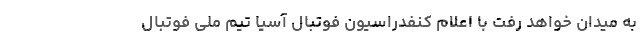
به میدان خواهد رفت با اعلام کنفدراسیون فوتبال آسیا تیم ملی فوتبال